Annual administration and progress report of the Indian Medical Department, Bombay
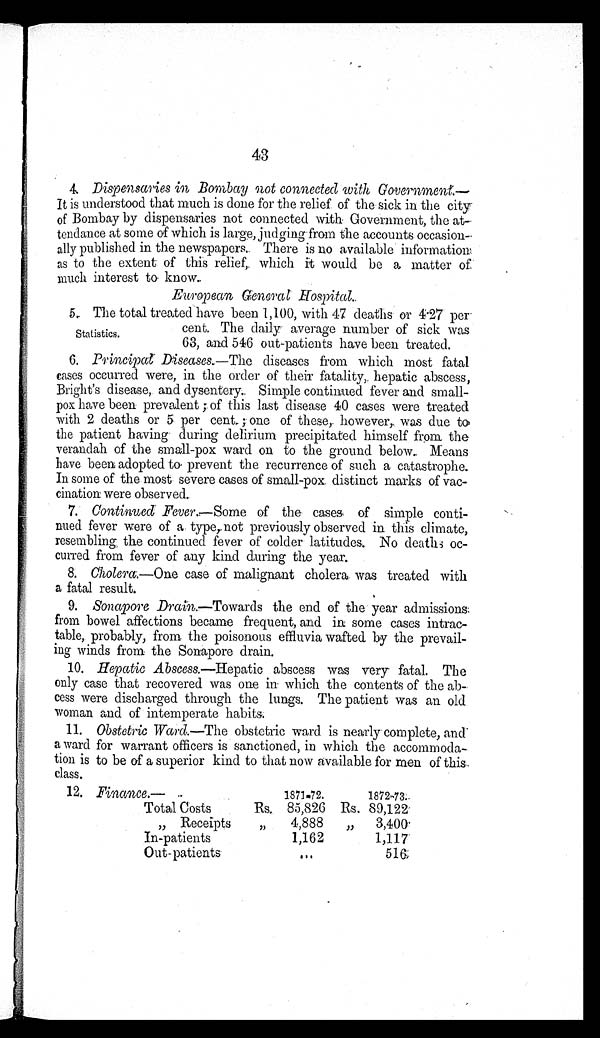
43
4. Dispensaries in Bombay not connected with Government:—
It is understood that much is done for the relief of the sick in the city
of Bombay by dispensaries not connected with Government, the at-
tendance at some of which is large, judging from the accounts occasion-
ally published in the newspapers.. There is no available informatio
n as to the extent of this relief, which it would be a matter of
much interest to know.
European General Hospital.
5. The total treated have been 1,100, with 4.7 deaths o r
4 . 2 7 p e r
cent. The daily average number of sick was
63, and 546 out-patients have been treated.
6. Principal Diseases.— The diseases from which most fatal
cases occurred were, in the order of their fatality, hepatic abscess,
Bright's disease, and dysentery. Simple continued fever and small-
pox have been prevalent; of this last disease 40 cases were treated
with 2 deaths or 5 per cent.; of these, however, was due to
the patient having during delrium precipitated himself from the
verandah of the small-pox ward on to the ground below. Means
have been adopted to prevent the recurrence of such a catastrophe.
In some of the most severe cases of small-pox distinct marks of vac-
cination were observed.
7. Continued Fever.—Some of the cases of simple conti--
nued fever were of a type, not previously observed in this climate,
resembling, the continued fever of colder latitudes. No deaths oc-
curred from fever of any kind during the year.
8. Cholera.—One case of malignant cholera was treated with
a fatal result.
9. Sonapore Drain—Towards the end of the year admissions
from bowel affections became frequent, and in some cases intrac-
table, probably, from the poisonous effluvia wafted by the prevail-
ing winds from the Sonapore drain.
10. Hepatic Abscess.—Hepatic abscess was very fatal. The
only case that recovered was one in which the contents of the ab-
cess were discharged through the lungs. The patient was an old
woman and of intemperate habits.
11. Obstetric Ward.—The obstetric ward is nearly complete, and
a ward for warrant officers is sanctioned, in which the accommoda-
tion is to be of a superior kind to that now available for men of this
class.
12. Finance.—
1871-72.
1872-73
Total Costs
Rs. 85,826 Rs. 89,122
" Receipts
" 4,888 " 3,400
In-patients
1,162
1,117
Out-patients
. . .
516
Statistics.